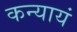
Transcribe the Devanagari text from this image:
कन्यायं